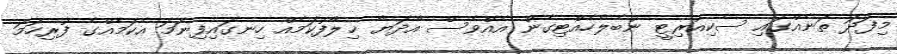
މިފަދަ ތަނެއްގައި ސެކިއުރިޓީ ނުބެލެހެއްޓިގެން އެއްވެސް އާދަޔާ ޚިލާފުކަމެއް ހިނގައިފިނަމަ އެކަމެއްގެ ފުރިހަމަ